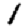
Digit: 1